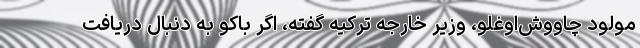
مولود چاووش‌اوغلو، وزیر خارجه ترکیه گفته، اگر باکو به دنبال دریافت